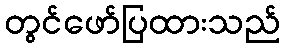
တွင်ဖော်ပြထားသည်